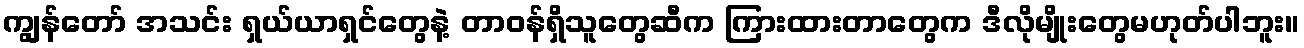
ကျွန်တော် အသင်း ရှယ်ယာရှင်တွေနဲ့ တာဝန်ရှိသူတွေဆီက ကြားထားတာတွေက ဒီလိုမျိုးတွေမဟုတ်ပါဘူး။